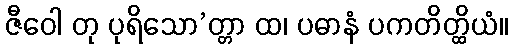
ဇီဝေါ တု ပုရိသော’တ္တာ ထ၊ ပဓာနံ ပကတိတ္ထိယံ။